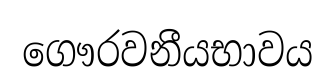
ගෞරවනීයභාවය